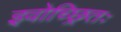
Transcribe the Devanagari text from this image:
इवोच्छ्रितः